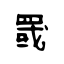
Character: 罭